Civil Veterinary Dept. Bombay admin report 1907-1913 - 1907-1913
Year: 1907
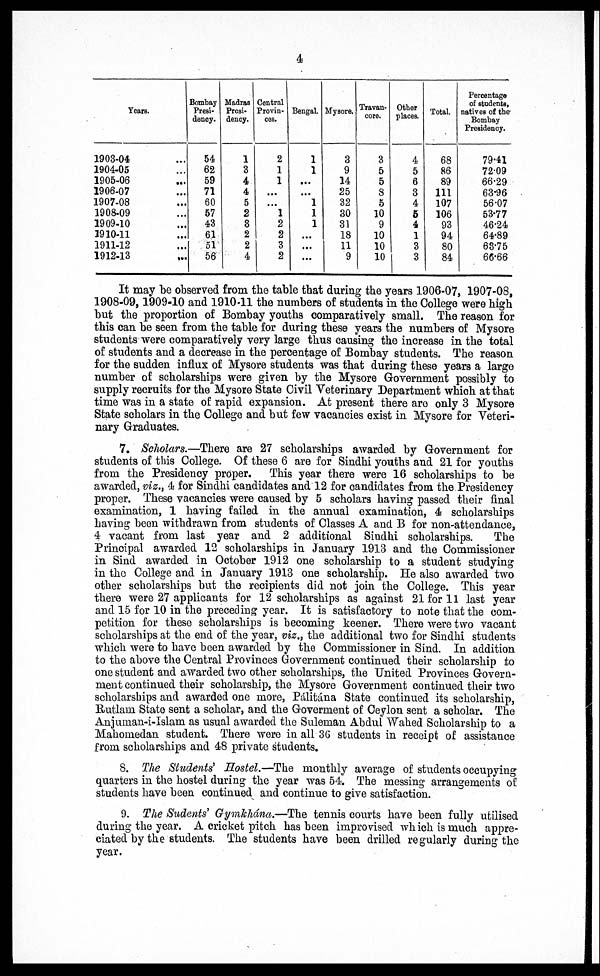
4
Years.
1903-04
... 1904-05
... 1905-06
...
1906-07
...
1907-08
...
1908-09
...
1909-10
...
1910-11
...
1911-12
...
1912-13
...
Bombay
Presi-
dency.
54
62
59
71
60
57
43
61
51
56
Madras
Presi-
dency.
1
3
4
4
5
2
3
2
2
4
Contral
Provin-
ces.
2
1
1
...
...
1
2
2
3
2
Bengal.
1
1
...
...
1
1
1
...
...
...
Mysore.
3
9
14
25
32
30
31
18
11
9
Travan-
core.
3
5
5
8
5
10
9
10
10
10
Other
places.
4
5
6
3
4
5
4
1
3
3
Total.
68
86
89
111
107
106
93
94
80
84
Percentage
of students,
natives of the
Bombay
Presidency.
79.41
72.09
66.29
63.96
56.07
53.77
46.24
64.89
63.75
66.66
It may be observed from the table that during the years 1906-07, 1907-08,
1908-09, 1909-10 and 1910-11 the numbers of students in the College were high
but the proportion of Bombay youths comparatively small. The reason for
this can be seen from the table for during these years the numbers of Mysore
students were comparatively very large thus causing the increase in the total
of students and a decrease in the percentage of Bombay students. The reason
for the sudden influx of Mysore students was that during these years a large
number of scholarships were given by the Mysore Government possibly to
supply recruits for the Mysore State Civil Veterinary Department which at that
time was in a state of rapid expansion. At present there are only 3 Mysore
State scholars in the College and but few vacancies exist in Mysore for Veteri-
nary Graduates.
7. Scholars.—There are 27 scholarships awarded by Government for
students of this College. Of these 6 are for Sindhi youths and 21 for youths
from the Presidency proper. This year there were 16 scholarships to be
awarded, viz., 4 for Sindhi candidates and 12 for candidates from the Presidency
proper. These vacancies were caused by 5 scholars having passed their final
examination, 1 having failed in the annual examination, 4 scholarships
having been withdrawn from students of Classes A and B for non-attendance,
4 vacant from last year and 2 additional Sindhi scholarships.
The
Principal awarded 12 scholarships in January 1913 and the Commissioner
in Sind awarded in October 1912 one scholarship to a student studying
in the College and in January 1913 one scholarship. He also awarded two
other scholarships but the recipients did not join the College. This year
there were 27 applicants for 12 scholarships as against 21 for 11 last year
and 15 for 10 in the preceding year. It is satisfactory to note that the com-
petition for these scholarships is becoming keener. There were two vacant
scholarships at the end of the year, viz., the additional two for Sindhi students
which were to have been awarded by the Commissioner in Sind. In addition
to the above the Central Provinces Government continued their scholarship to
one student and awarded two other scholarships, the United Provinces Govern-
ment continued their scholarship, the Mysore Government continued their two
scholarships and awarded one more, Pálitána State continued its scholarship,
Rutlam State sent a scholar, and the Goverment of Ceylon sent a scholar. The
Anjuman-i-Islam as usual awarded the Suleman Abdul Wahed Scholarship to a
Mahomedan student. There were in all 36 students in receipt of assistance
from scholarships and 48 private students.
8. The Students' Hostel.—The monthly average of students occupying
quarters in the hostel during the year was 54. The messing arrangements of
students have been continued and continue to give satisfaction.
9. The Sudents' Gymkhána.—The tennis courts have been fully utilised
during the year. A cricket pitch has been improvised which is much appre-
ciated by the students. The students have been drilled regularly during the
year.